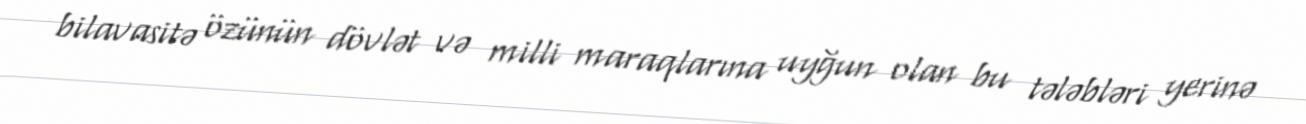
bilavasitə özünün dövlət və milli maraqlarına uyğun olan bu tələbləri yerinə